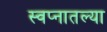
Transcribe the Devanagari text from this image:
स्वप्नातल्या